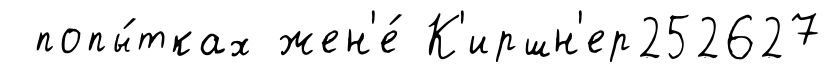
попы́тках жен'е́ К'иршн'ер252627